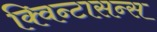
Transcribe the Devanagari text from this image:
क्विन्टासन्स